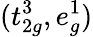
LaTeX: (t_{2g}^{3},e_{g}^{1})